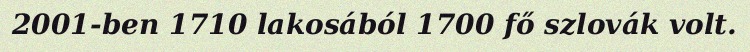
2001-ben 1710 lakosából 1700 fő szlovák volt.